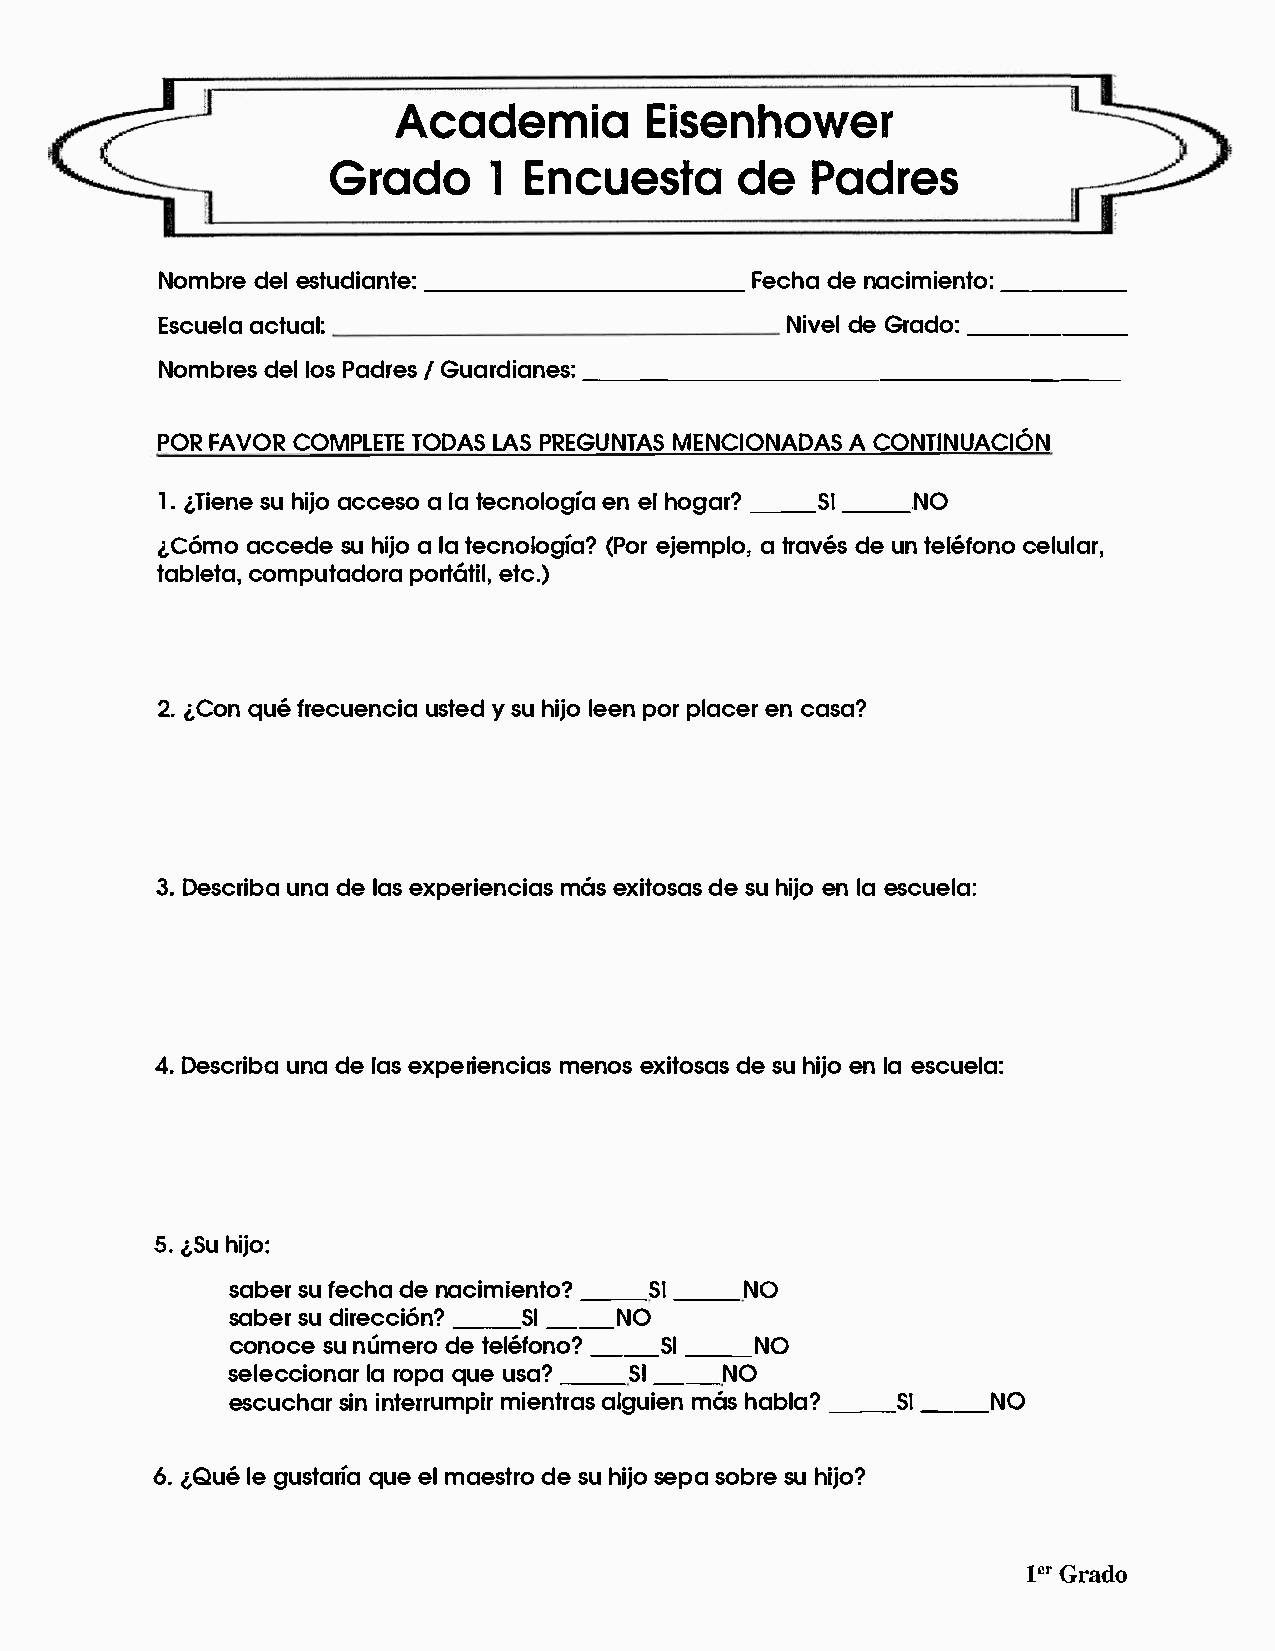
AcademEiias                enhower
 Grad1Eo         n  cuedsePt        aad    res
 Nombrdee  els tudi_a_n_t_e_:_ _____     Fechdaen acimie_n_t_o _:
 Escuaecltau  al:                          NivdeelG rad_o_:_ _ _
 Nombrdeesl   Plaodsr eGsu/a rdia_n_e_s_:_ ____________ _
 PORF AVOCRO MPLETTOED ALSA PSR EGUNMTEANSC IONAAD CAOSN TINUACION
 1.l,Tiesnuhe i jaoc ceasl oa t ecnoleonge ilha o ga_r_? S_I_ ,NO
 l,C6maoc cedseuh ijalo a t ecnolo(gPioearj? e mpalt or,a vdeeus n t elefcoenlou lar,
 tablceotam,p utadora     portatil,      etc.)
 2.l,Coqnu ef recueunsctiyeasd u h iljeoe pno prl aceencr a sa?
 3.Describdee   l uaensxa p eriemnacsei xaist odsesa ush ijeonl ae scuela:
 4.Descruinbade e l aesx preiencmieansoe sx itodsesa ush iejnol ae scuela:
 5.l,Shui jo:
 sabseurf echdaen acimie_n_t oS?I_ _ NO
 sabseurd irecc_i_6 nS?I_ _ NO
 conocseun umerdoet elef_o_n oS?I_ _ NO
 seclceionlaar ro pqau eu sa_?_ SI_ _ NO
 escucshiainrn terrmuimepnitarrl agsu miaesnh abl_a_? SI_ _ NO
 6.l,Qulee g ustaqruieea lm aestdreso u h isjeop sao bsrueh ijo?
 1•Grr ado